Annual administration report of the Bombay Presidency - 1887-1892
Year: 1887
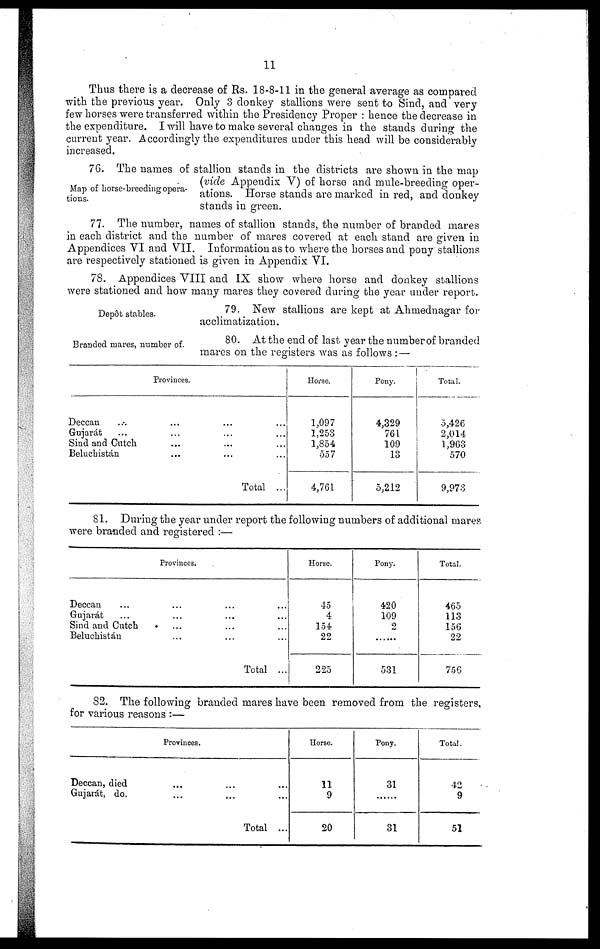
11
Thus there is a decrease of Rs. 18-8-11 in the general average as compared
with the previous year. Only 3 donkey stallions were sent to Sind, and very
few horses were transferred within the Presidency Proper : hence the decrease in
the expenditure. I will have to make several changes in the stands during the
current year. Accordingly the expenditures under this head will be considerably
increased.
Map of horse-breeding opera-
tions.
76. The names of stallion stands in the districts are shown in the map
(vide Appendix V) of horse and mule-breeding oper-
ations. Horse stands are marked in red, and donkey
stands in green.
77. The number, names of stallion stands, the number of branded mares
in each district and the number of mares covered at each stand are given in
Appendices VI and VII. Information as to where the horses and pony stallions
are respectively stationed is given in Appendix VI.
78. Appendices VIII and IX show where horse and donkey stallions
were stationed and how many mares they covered during the year under report.
Depôt stables.
79. New stallions are kept at Ahmednagar for
acclimatization.
Branded mares, number of.
80. At the end of last year the number of branded
mares on the registers was as follows : —
Provinces
Deccan ... ... ... ...
Gujarát
...
...
...
...
Sind and Cutch
...
...
...
Beluchistán
...
... ...
Total ...
Horse.
1,097
1,253
1,854
557
4,761
Pony.
4,329
761
109
13
5,212
Total.
5,426
2,014
1,963
570
9,973
81. During the year under report the following numbers of additional mares
were branded and registered :—
Provinces.
Deccan ... ... ...
Gujarát
... ... ...
Sind and Cutch
...
...
...
Beluchistán
...
... ...
Total ...
Horse.
45
4
154
22
225
Pony.
420
109
2
531
Total.
465
113
156
22
756
82. The following branded mares have been removed from the registers,
for various reasons :—
Provinces.
Deccan, died ... ... ...
Gujarát, do ...
... ...
Total ...
Horse.
11
9
20
Pony.
31
......
31
Total.
42
9
51